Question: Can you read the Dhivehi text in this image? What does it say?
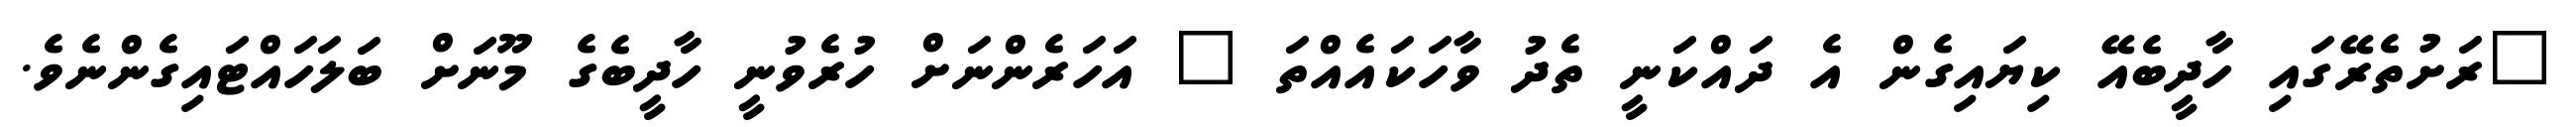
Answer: "ރަށުތެރޭގައި ހާދީބެއޭ ކިޔައިގެން އެ ދައްކަނީ ތެދު ވާހަކައެއްތަ " އަހަރެންނަށް ހުރެވުނީ ހާދީބެގެ މޫނަށް ބަލަހައްޓައިގެންނެވެ.